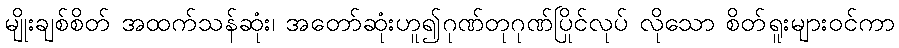
မျိုးချစ်စိတ် အထက်သန်ဆုံး၊ အတော်ဆုံးဟူ၍ဂုဏ်တုဂုဏ်ပြိုင်လုပ် လိုသော စိတ်ရူးများဝင်ကာ